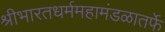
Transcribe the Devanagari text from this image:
श्रीभारतधर्ममहामंडळातर्फे